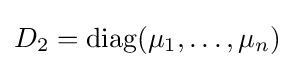
D_{2}={\text{diag}}(\mu _{1},\ldots ,\mu _{n})